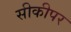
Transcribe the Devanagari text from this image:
सीकीपर